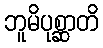
ဘူမိပုစ္ဆာတိ